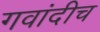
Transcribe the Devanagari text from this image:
गवांदीच